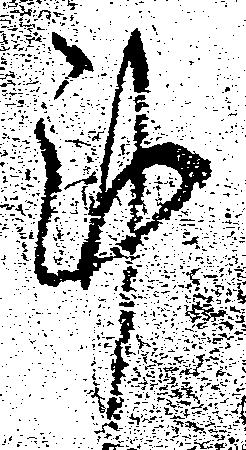
謹